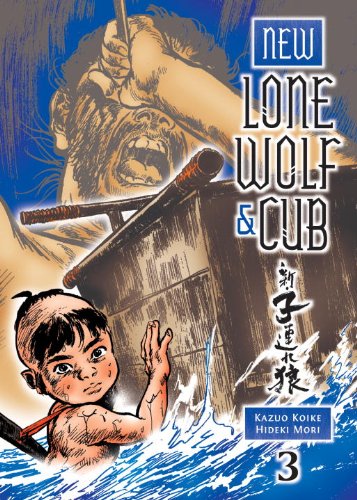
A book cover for New Lone Wolf and Cub Volume 3 (New Lone Wolf & Cub); Kazuo Koike; Comics & Graphic Novels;